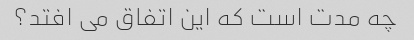
چه مدت است که این اتفاق می افتد؟